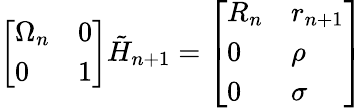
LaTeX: {\left[\begin{array}{ll}{\Omega_{n}}&{0}\\ {0}&{1}\end{array}\right]}{\tilde{H}}_{n+1}={\left[\begin{array}{ll}{R_{n}}&{r_{n+1}}\\ {0}&{\rho}\\ {0}&{\sigma}\end{array}\right]}